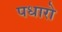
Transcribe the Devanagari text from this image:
पधारो